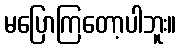
မပြောကြတော့ပါဘူး။